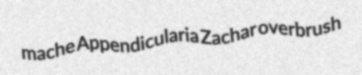
mache Appendicularia Zachar overbrush